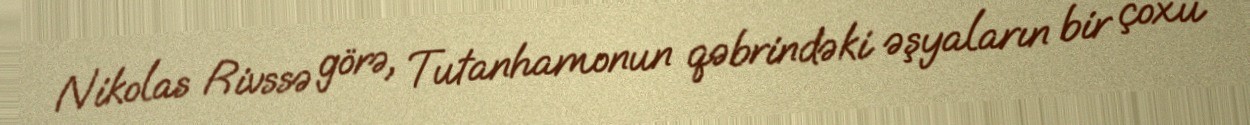
Nikolas Rivssə görə, Tutanhamonun qəbrindəki əşyaların bir çoxu